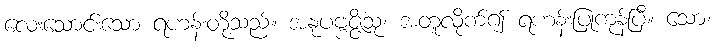
လေးသောင်းသော ရဟန်းတို့သည်။ အနုပဗ္ဗဇ္ဇိံသု၊ အတူလိုက်၍ ရဟန်းပြုကုန်ပြီ။ သော၊